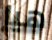
هيا